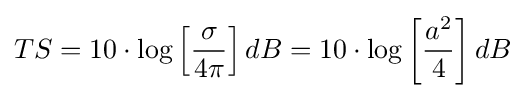
TS=10\cdot \log \left[{\frac {\sigma }{4\pi }}\right]dB=10\cdot \log \left[{\frac {a^{2}}{4}}\right]dB